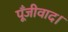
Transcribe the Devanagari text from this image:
पूँजीवाद।